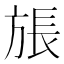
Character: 𪯹